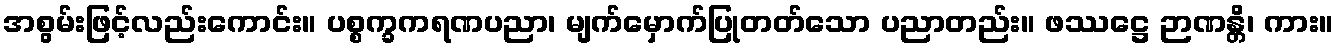
အစွမ်းဖြင့်လည်းကောင်း။ ပစ္စက္ခကရဏပညာ၊ မျက်မှောက်ပြုတတ်သော ပညာတည်း။ ဖဿဋ္ဌေ ဉာဏန္တိ၊ ကား။